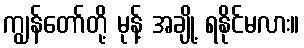
ကျွန်တော်တို့ မုန့် အချို့ ရနိုင်မလား။